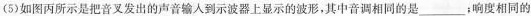
(5)如图丙所示是把音叉发出的声音输入到示波器上显示的波形，其中音调相同的是___;响度相同的